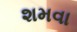
શમવા